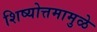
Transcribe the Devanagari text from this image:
शिष्योत्तमामुळे